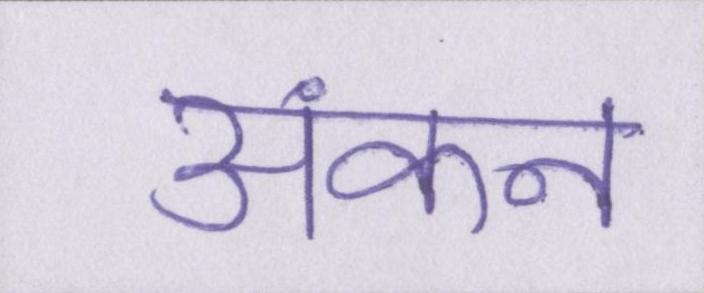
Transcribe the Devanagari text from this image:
अंकन